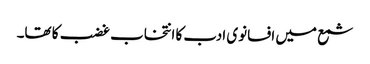
شمع میں افسانوی ادب کا انتخاب غضب کا تھا۔